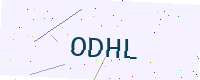
Text: ODHL